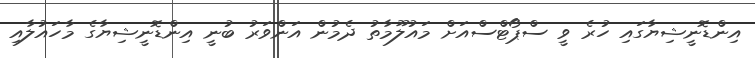
އިންޑޮނީޝިޔާގައި ހުރެ ވީ ސްޕޯޓްސްއަށް މައުލޫމާތު ދެމުން އަންވަރު ބުނީ އިންޑޮނީޝިޔާގެ މާހައުލާއި